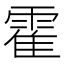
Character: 霍